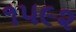
૧૫૯૨